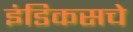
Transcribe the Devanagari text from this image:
इंडिकसचे